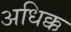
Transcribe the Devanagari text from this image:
अधिक्क